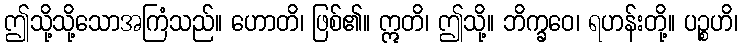
ဤသို့သို့သောအကြံသည်။ ဟောတိ၊ ဖြစ်၏။ ဣတိ၊ ဤသို့။ ဘိက္ခဝေ၊ ရဟန်းတို့။ ပဉ္စဟိ၊